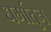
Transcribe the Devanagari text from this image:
धर्मातुन